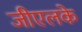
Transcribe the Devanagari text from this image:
जीएलके